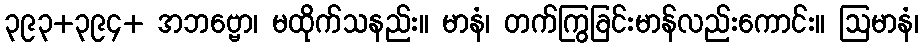
၃၉၃+၃၉၄+ အဘဗ္ဗော၊ မထိုက်သနည်း။ မာနံ၊ တက်ကြွခြင်းမာန်လည်းကောင်း။ ဩမာနံ၊